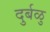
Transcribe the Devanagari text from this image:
दुर्बळु